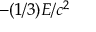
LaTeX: - ( 1 / 3 ) E / c ^ { 2 }